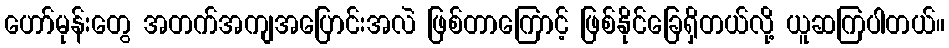
ဟော်မုန်းတွေ အတက်အကျအပြောင်းအလဲ ဖြစ်တာကြောင့် ဖြစ်နိုင်ခြေရှိတယ်လို့ ယူဆကြပါတယ်။